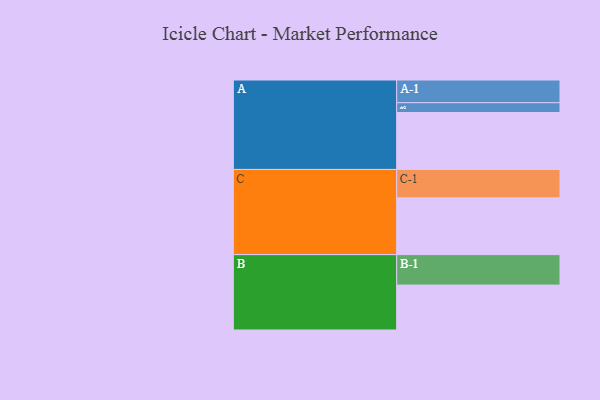
{"axis": {"x": "Segment", "y": "Value"}, "legend": ["", "A", "B", "C"], "data": [{"x": "A", "y": 469, "type": ""}, {"x": "B", "y": 370, "type": ""}, {"x": "C", "y": 468, "type": ""}, {"x": "A-1", "y": 187, "type": "A"}, {"x": "A-2", "y": 81, "type": "A"}, {"x": "B-1", "y": 251, "type": "B"}, {"x": "C-1", "y": 234, "type": "C"}]}